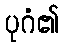
ပုဂံ၏